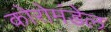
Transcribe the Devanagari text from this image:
कोरोमंडेल